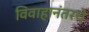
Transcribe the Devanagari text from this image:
विवाहानंतरचे